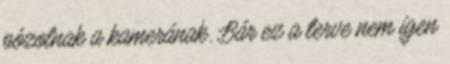
pózolnak a kamerának. Bár ez a terve nem igen